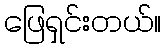
ဖြေရှင်းတယ်။